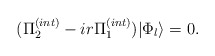
\begin{align*}(\Pi^{(int)}_2-ir\Pi^{(int)}_1)|\Phi_l\rangle = 0. \end{align*}